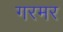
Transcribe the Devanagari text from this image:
गरमर